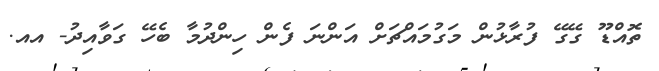
ތޮއްޑޫ ގޭގޭ ފުރާޅުން މަގުމައްޗަށް އަންނަ ފެން ހިންދުމާ ބެހޭ ގަވާއިދު- އއ.